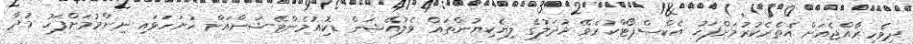
ދިވެހިރާއްޖެއަށް އެތެރެކުރުމަށްފަހު އެކްސްޕޯޓްކުރެވޭ މުދަލުގެ ލިޔެކިޔުންތައް ވެލުއޭޝަން ޑޮކިއުމެންޓޭޝަންއަށް ހުށަހަޅައި ނިންމުމަށްފަހު މުދާ